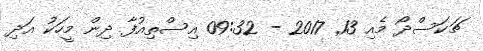
ޗަކަސްދޯ މެއި 13